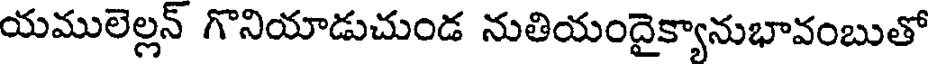
యములెల్లన్ గొనియాడుచుండ నుతియందైక్యానుభావంబుతో